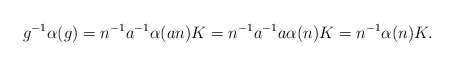
\begin{align*}g^{-1} \alpha(g) = n^{-1} a^{-1} \alpha(an) K = n ^{-1} a^{-1}a \alpha(n) K = n^{-1} \alpha(n) K.\end{align*}